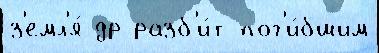
з'емл'я́ др разб'и́т пог'и́бшим